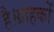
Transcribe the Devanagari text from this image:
है।ग्राहकों